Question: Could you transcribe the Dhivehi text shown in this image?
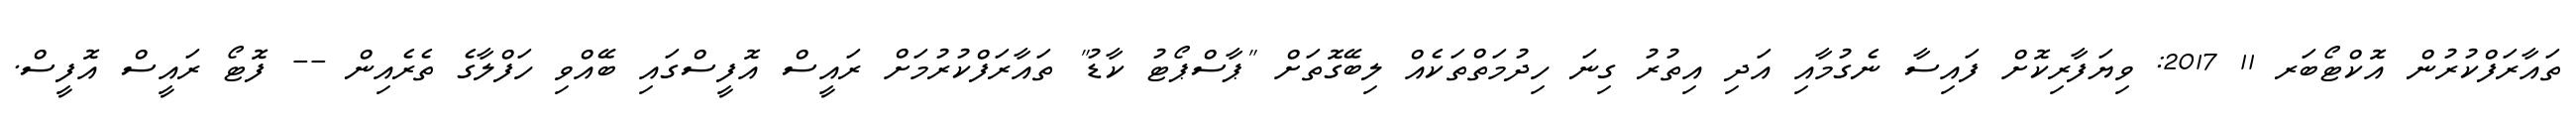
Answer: ތައާރަފްކުރުން އޮކްޓޯބަރ 11 2017: ވިޔަފާރިކޮށް ފައިސާ ނެގުމާއި އަދި އިތުރު ގިނަ ހިދުމަތްތަކެއް ލިބޭގޮތަށް "ޕާސްޕޯޓު ކާޑު" ތައާރަފްކުރުމަށް ރައީސް އޮފީސްގައި ބޭއްވި ހަފްލާގެ ތެރެއިން -- ފޮޓޯ ރައީސް އޮފީސް.